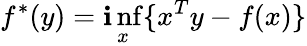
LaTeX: f^{*}(y)=\operatorname*{\mathbf{i}nf}_{x}\{ x^{T}y-f(x)\}